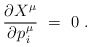
\begin{align*} \frac{\partial X^\mu}{\partial p\>\!_i^\mu}~=~0~. \end{align*}